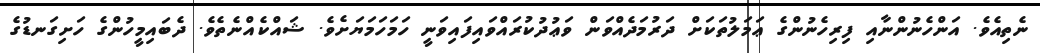
ނެތިއެވެ. އަންހެނުންނާއި ފިރިހެނުންގެ ޢަމަލުތަކަށް ދަރުމަދެއްވަން ވަޢުދުކުރައްވައިފައިވަނީ ހަމަހަމަޔަށެވެ. ޝައްކެއްނެތެވެ. ދެބައިމީހުންގެ ހަށިގަނޑުގެ